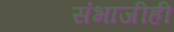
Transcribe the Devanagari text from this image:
संभाजीही